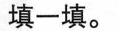
填一填。